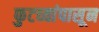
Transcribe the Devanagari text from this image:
फुटव्यांपासून